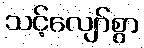
သင့်လျော်စွာ